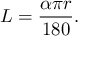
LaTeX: L = { \frac { \alpha \pi r } { 1 8 0 } } .